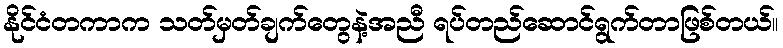
နိုင်ငံတကာက သတ်မှတ်ချက်တွေနဲ့အညီ ရပ်တည်ဆောင်ရွက်တာဖြစ်တယ်။